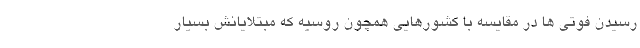
رسیدن فوتی ها در مقایسه با کشورهایی همچون روسیه که مبتلایانش بسیار